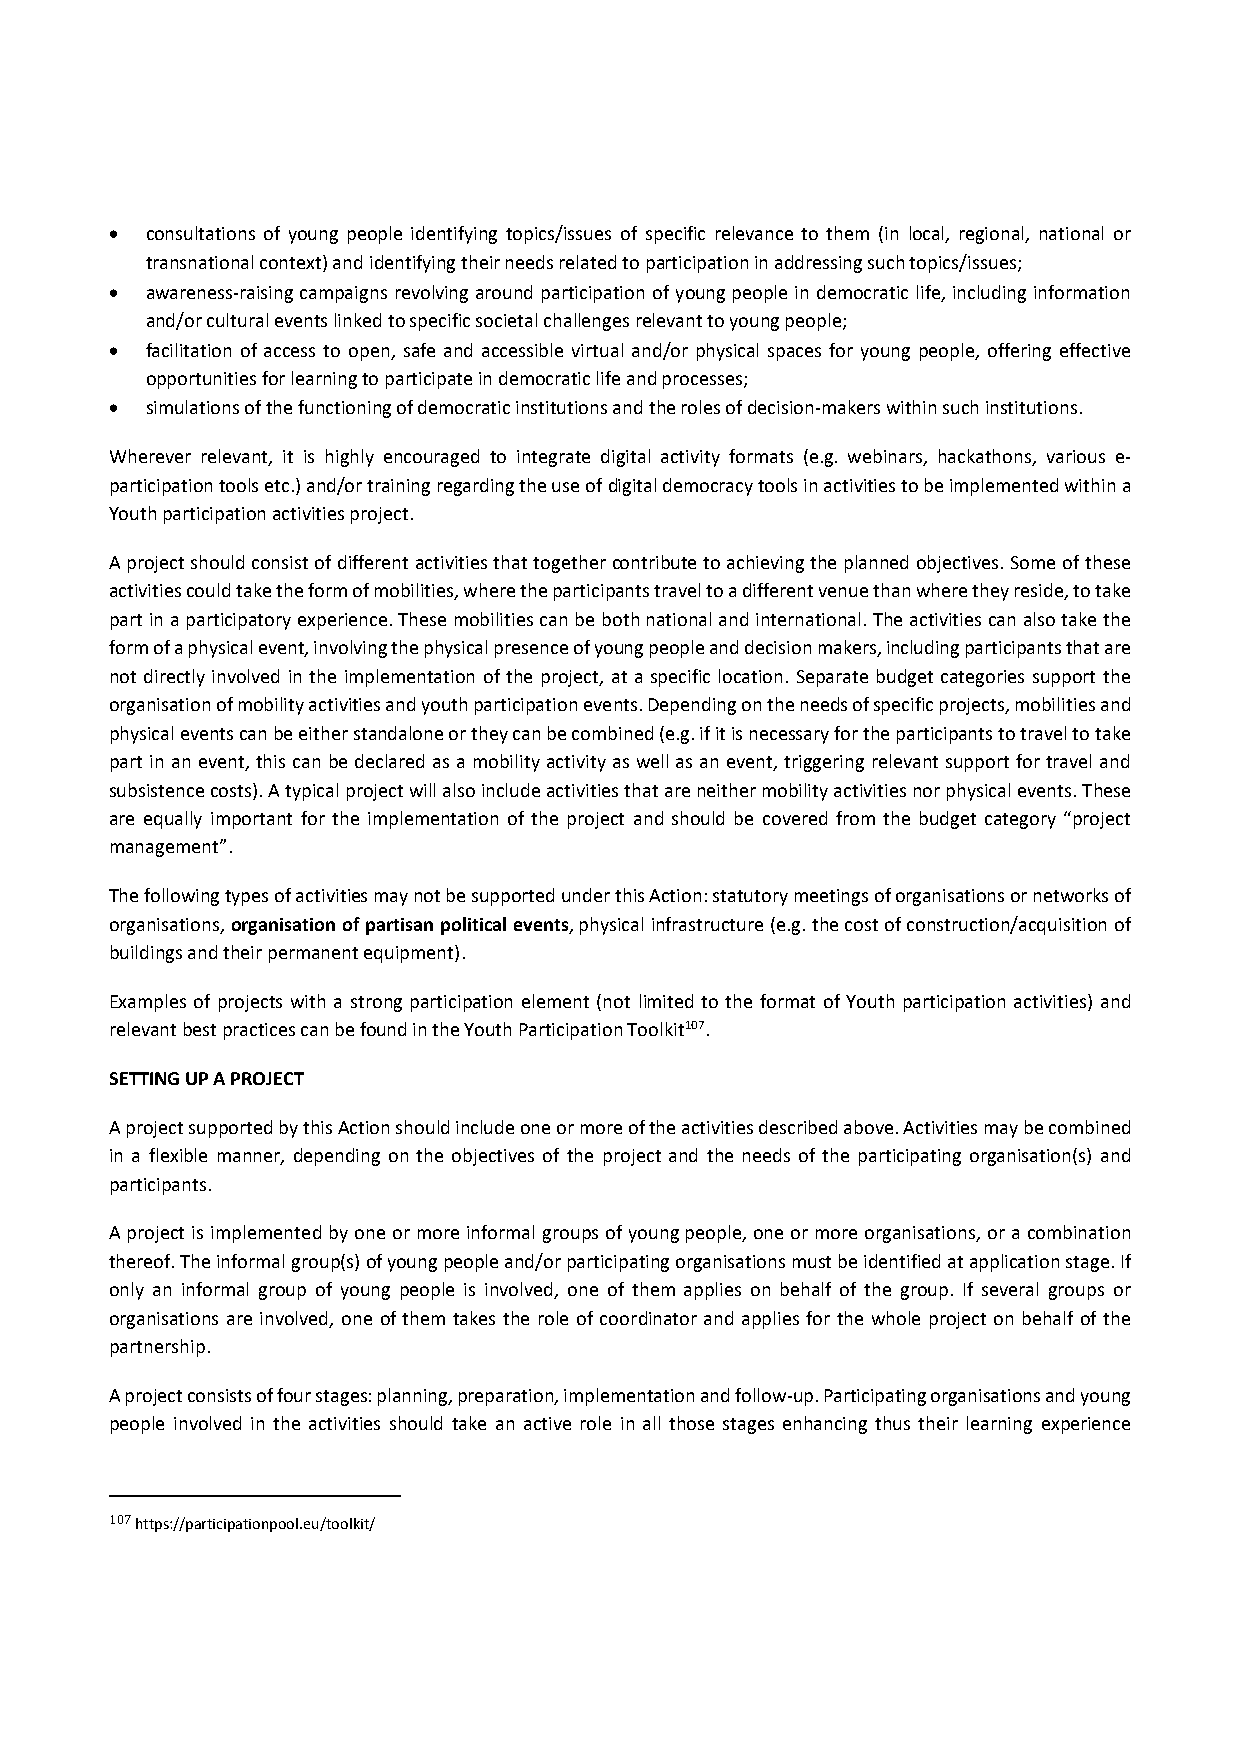
  consultations of young people identifying topics/issues of specific relevance to them (in local, regional, national or
 transnational context) and identifying their needs related to participation in addressing such topics/issues;
   awareness‐raising campaigns revolving around participation of young people in democratic life, including information
 and/or cultural events linked to specific societal challenges relevant to young people;
   facilitation of access to open, safe and accessible virtual and/or physical spaces for young people, offering effective
 opportunities for learning to participate in democratic life and processes;
   simulations of the functioning of democratic institutions and the roles of decision‐makers within such institutions.
 Wherever relevant, it is highly encouraged to integrate digital activity formats (e.g. webinars, hackathons, various e‐
 participation tools etc.) and/or training regarding the use of digital democracy tools in activities to be implemented within a
 Youth participation activities project.
 A project should consist of different activities that together contribute to achieving the planned objectives. Some of these
 activities could take the form of mobilities, where the participants travel to a different venue than where they reside, to take
 part in a participatory experience. These mobilities can be both national and international. The activities can also take the
 form of a physical event, involving the physical presence of young people and decision makers, including participants that are
 not directly involved in the implementation of the project, at a specific location. Separate budget categories support the
 organisation of mobility activities and youth participation events. Depending on the needs of specific projects, mobilities and
 physical events can be either standalone or they can be combined (e.g. if it is necessary for the participants to travel to take
 part in an event, this can be declared as a mobility activity as well as an event, triggering relevant support for travel and
 subsistence costs). A typical project will also include activities that are neither mobility activities nor physical events. These
 are equally important for the implementation of the project and should be covered from the budget category “project
 management”.
 The following types of activities may not be supported under this Action: statutory meetings of organisations or networks of
 organisations, organisation of partisan political events, physical infrastructure (e.g. the cost of construction/acquisition of
 buildings and their permanent equipment).
 Examples of projects with a strong participation element (not limited to the format of Youth participation activities) and
 relevant best practices can be found in the Youth Participation Toolkit107.
 SETTING UP A PROJECT
 A project supported by this Action should include one or more of the activities described above. Activities may be combined
 in a flexible manner, depending on the objectives of the project and the needs of the participating organisation(s) and
 participants.
 A project is implemented by one or more informal groups of young people, one or more organisations, or a combination
 thereof. The informal group(s) of young people and/or participating organisations must be identified at application stage. If
 only an informal group of young people is involved, one of them applies on behalf of the group. If several groups or
 organisations are involved, one of them takes the role of coordinator and applies for the whole project on behalf of the
 partnership.
 A project consists of four stages: planning, preparation, implementation and follow‐up. Participating organisations and young
 people involved in the activities should take an active role in all those stages enhancing thus their learning experience
 107 https://participationpool.eu/toolkit/